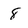
Character: 8